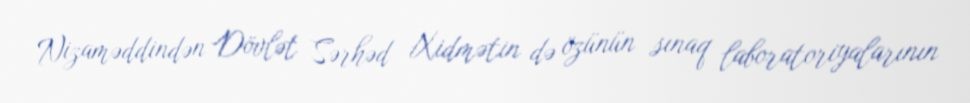
Nizaməddindən Dövlət Sərhəd Xidmətin də özünün sınaq laboratoriyalarının